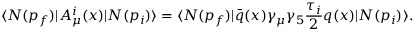
\langle N ( p _ { f } ) | A _ { \mu } ^ { i } ( x ) | N ( p _ { i } ) \rangle = \langle N ( p _ { f } ) | \bar { q } ( x ) \gamma _ { \mu } \gamma _ { 5 } \frac { \tau _ { i } } { 2 } q ( x ) | N ( p _ { i } ) \rangle .